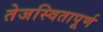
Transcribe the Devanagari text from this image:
तेजस्वितापूर्ण